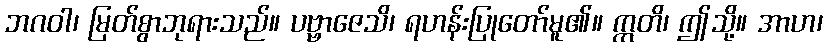
ဘဂဝါ၊ မြတ်စွာဘုရားသည်။ ပဗ္ဗာဇေသိ၊ ရဟန်းပြုတော်မူ၏။ ဣတိ၊ ဤသို့။ အာဟ၊